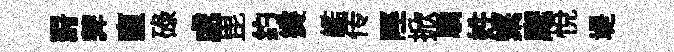
罸莾直碌處毘约爕艦传陘掀驕姓緊麾悦堤